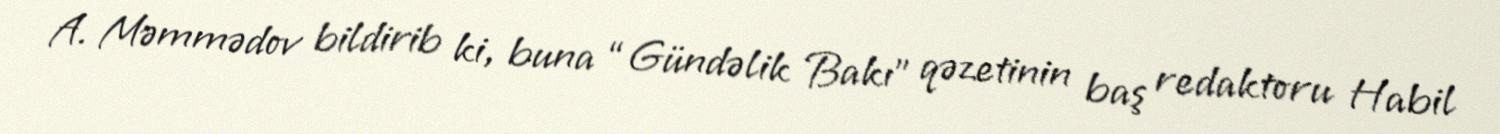
A. Məmmədov bildirib ki, buna “Gündəlik Bakı” qəzetinin baş redaktoru Habil